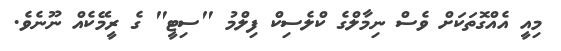
މިއީ އެއްގޮތަކަށް ވެސް ނިމާލްގެ ކްލެސިކް ފިލްމު "ސިޓީ" ގެ ރީމޭކެއް ނޫނެވެ.